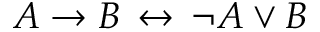
A \to B \, \leftrightarrow \, \neg A \lor B